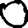
Digit: 0